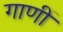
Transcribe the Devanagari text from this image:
गाणीं